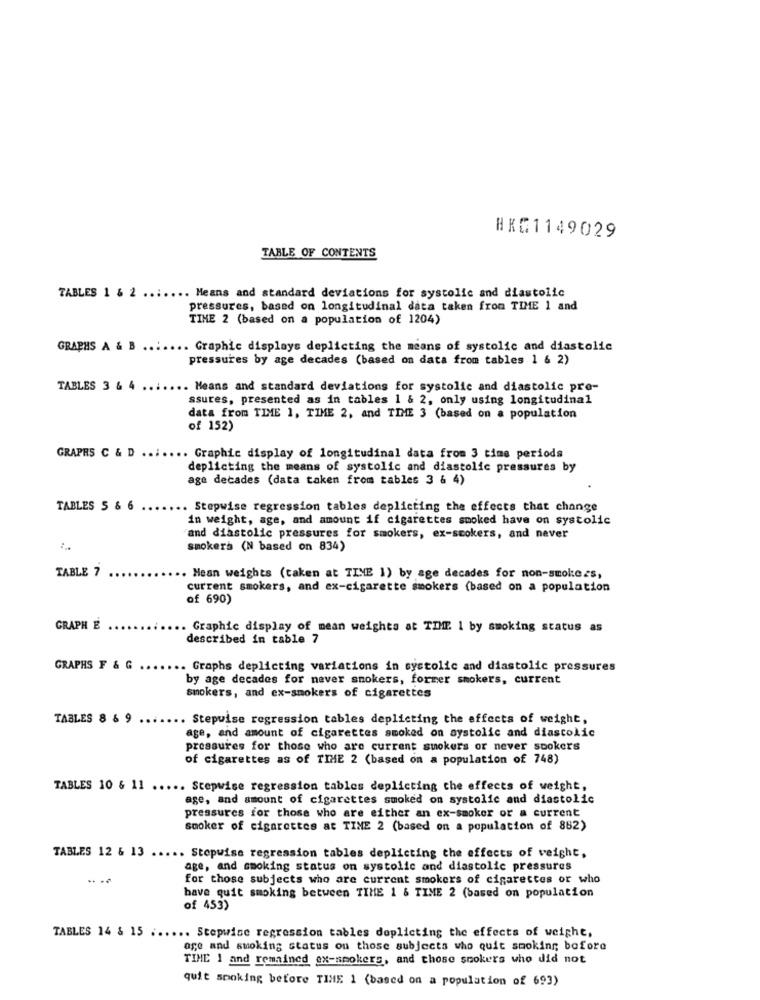
#KG1149029
TABLE OF CONTENTS
TABLES 1 & 2 ....... Means and standard deviations for systolic and diastolic
pressures, based on longitudinal data taken from TIME 1 and
TINE 2 (based on a population of 1204)
GRAPHS A & B ....... Graphic displays deplicting the means of systolic and diastolic
pressures by age decades (based on data from tables 1 & 2)
TABLES 3 & 4
.. Means and standard deviations for systolic and diastolic pre-
ssures, presented as in tables 1 & 2, only using longitudinal
data from TIME 1, TIME 2, and TIME 3 (based on a population
of 152)
GRAPHS C & D ....... Graphic display of longitudinal data from 3 time periods
deplicting the means of systolic and diastolic pressures by
age decades (data taken from tables 3 & 4)
TABLES 5 & 6
.. Stepwise regression tables deplicting the effects that change
in weight, age, and amount if cigarettes smoked have on systolic
and diastolic pressures for smokers, ex-scokers, and never
smokers (N based on 834)
TABLE 7
. Mean weights (taken at TINE 1) by age decades for non-smokers,
current smokers, and ex-cigarette smokers (based on a population
of 690)
GRAPH
. Graphic display of mean weights at TIME. 1 by smoking status as
described in table 7
GRAPHS F & G ..
. Graphs deplicting variations in systolic and diastolic pressures
by age decades for never smokers, former smokers, current
smokers, and ex-smokers of cigarettes
TABLES 8 & 9
. Stepwise regression tables deplicting the effects of weight,
age, and amount of cigarettes smoked on systolic and diastolic
pressures for those who are current suokers or never spokers
of cigarettes as of TIME 2 (based on a population of 748)
TABLES 10 & 11 ..... Stepwise regression tables deplicting the effects of weight,
age, and amount of cigarettes smoked on systolic and diastolic
pressures for those who are either an ex-smoker or a current
smoker of cigarettes at TIME 2 (based on a population of 882)
TABLES 12 & 13 ..... Stepwise regression tables deplicting the effects of veight,
age, and smoking status on systolic and diastolic pressures
for those subjects who are current smokers of cigarettes or who
have quit smoking between TIME 1 & TIME 2 (based on population
of 453)
TABLES 14 & 15 ...... Stepwise regression tables doplicting the effects of weight,
age and smoking status ou those subjects who quit smoking before
TIME 1 and remained ex-smokers, and those stokers who did not
quit smoking before TIME 1 (based on a population of 693)